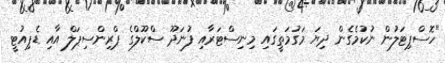
"ހޮސްޕިޓަލުން ނުކުމެގެން ދިޔަ މަގުމަތީގައި މިނިސްޓަރާއި ފުނަދޫ ސްކޫލްގެ ޕްރިންސިޕަލް އާއި ޑެޕިއުޓީ